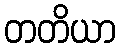
တတိယာ